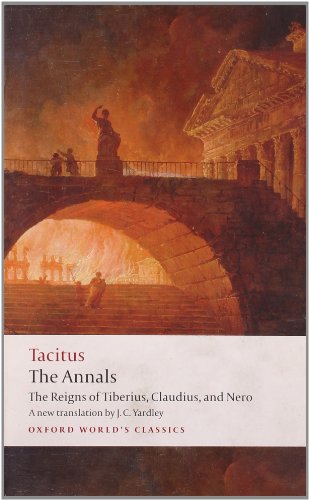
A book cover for The Annals: The Reigns of Tiberius, Claudius, and Nero (Oxford World's Classics); Cornelius Tacitus; History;